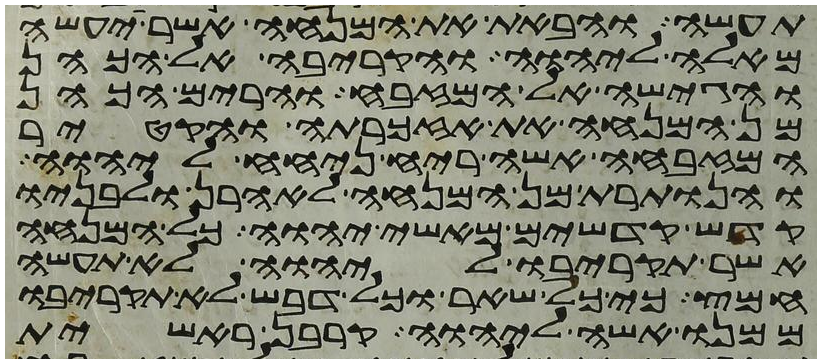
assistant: תעשה והבאת את המנחה אשר יעשה
מאלה ליהוה והקריבה אל הכהן
והגישה אל המזבח והרים הכהן
מן המנחה את אזכרתה והקטיר
המזבחה אשה ריח ניחח ליהוה
והנותרת מן המנחה לאהרן ולבניו
קדש קדשים מאשי יהוה כל המנחה
אשר תקריבו ליהוה לא תעשה
חמץ כי כל שאר וכל דבש לא תקריבו
ממנו אשה ליהוה קרבן ראשית